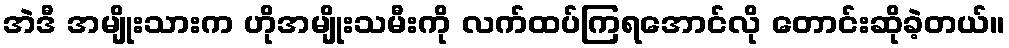
အဲဒီ အမျိုးသားက ဟိုအမျိုးသမီးကို လက်ထပ်ကြရအောင်လို တောင်းဆိုခဲ့တယ်။